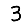
Digit: 3